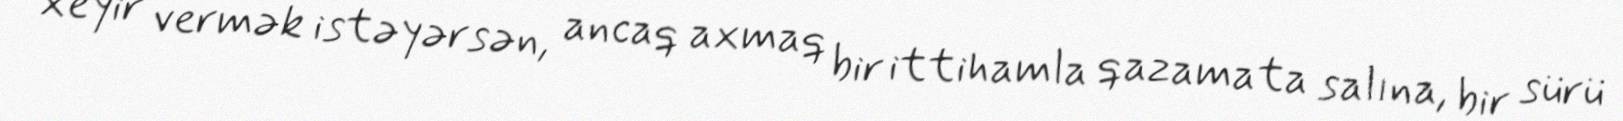
xeyir vermək istəyərsən, ancaq axmaq bir ittihamla qazamata salına, bir sürü